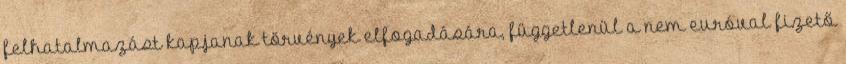
felhatalmazást kapjanak törvények elfogadására, függetlenül a nem euróval fizető